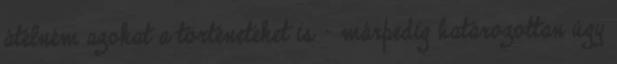
átélném azokat a történeteket is - márpedig határozottan úgy